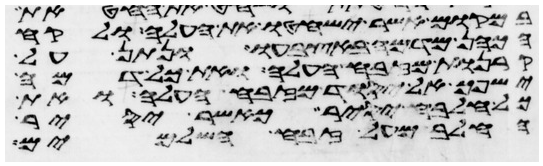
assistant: במקום אשר ישחטו את העלה ולקח
הכהן מדמה באצבעו ונתן על
קרנות מזבח העלה ואת כל דמה
ישפך אל יסוד מזבח העלה ואת
כל חלבה יסיר כאשר יסיר
החלב מעל זבח השלמים